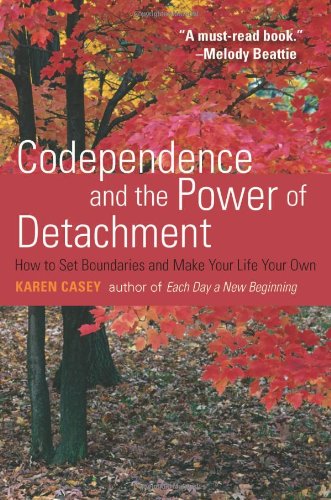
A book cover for Codependence and the Power of Detachment: How to Set Boundaries and Make Your Life Your Own; Karen Casey; Self-Help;